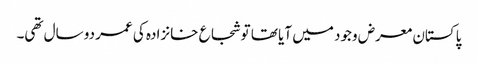
پاکستان معرض وجود میں آیا تھا تو شجاع خانزادہ کی عمر دو سال تھی۔